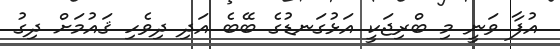
އުފާ ވަނީ މި ބްރިޖަކީ އަޅުގަނޑުގެ ބޭބެ އަދި ދިވެހި ޤައުމަށް ދިގު